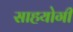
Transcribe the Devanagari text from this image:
साहयोगी